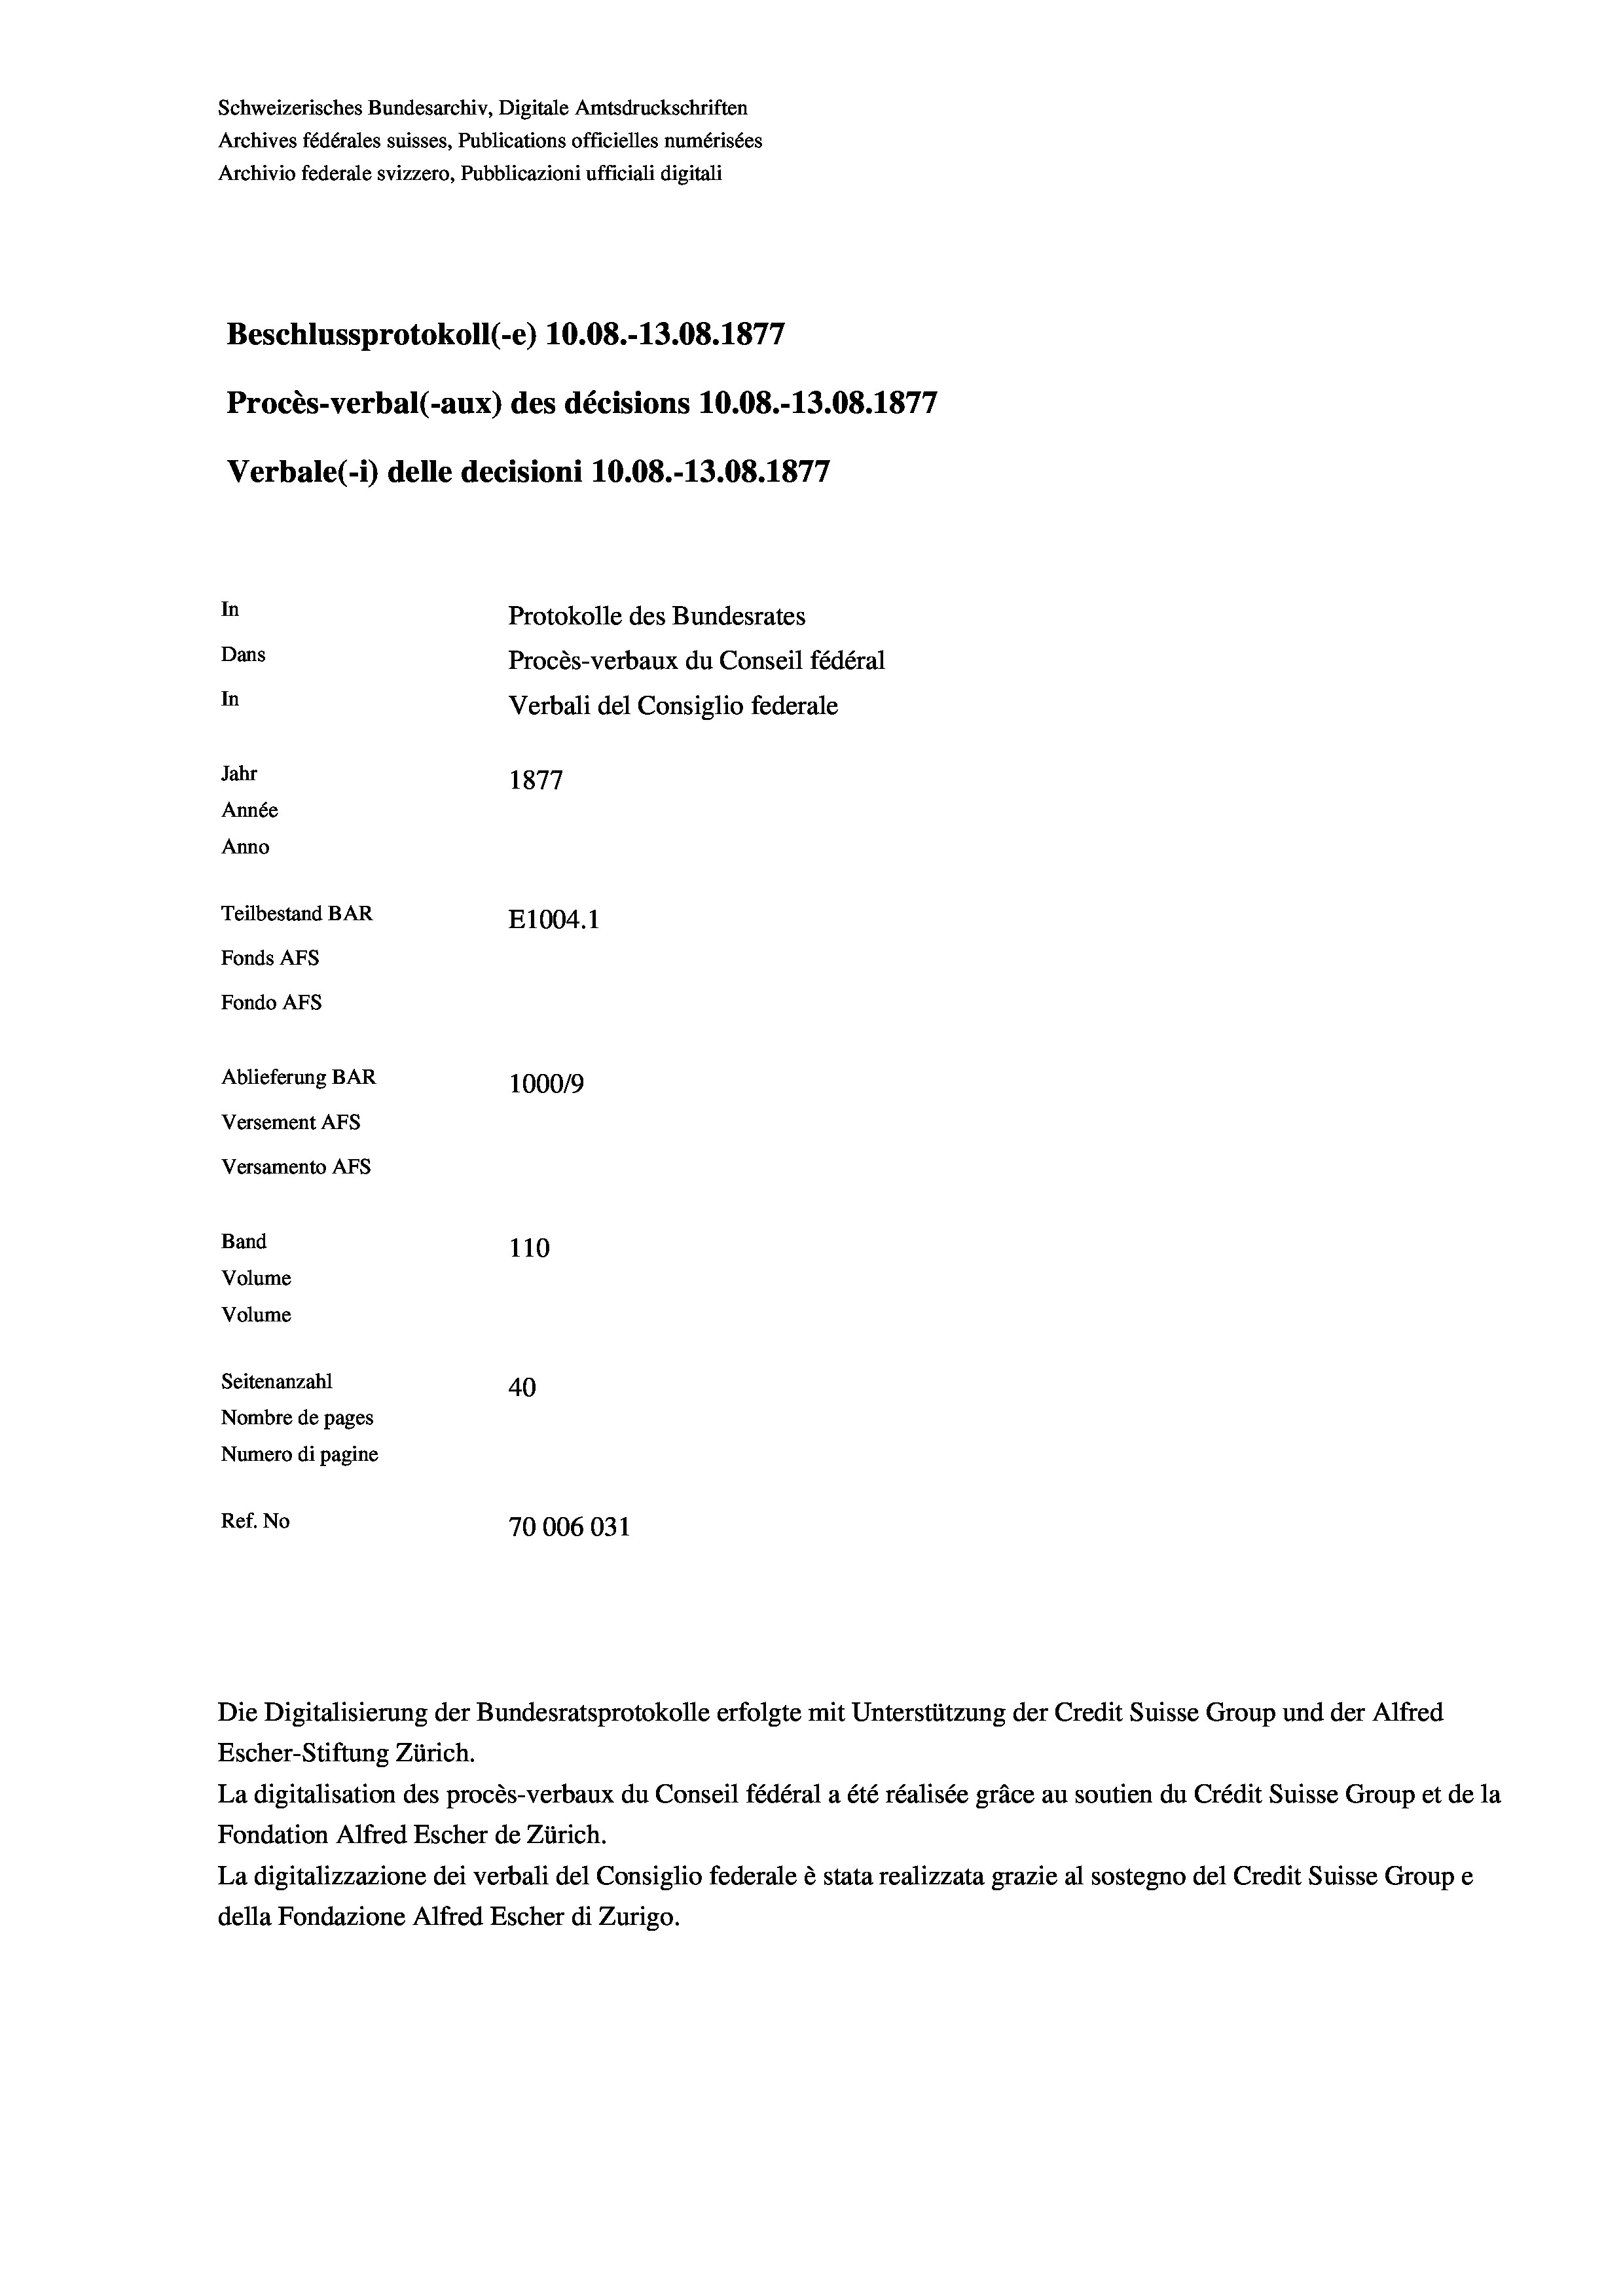
Schweizerisches Bundesarchiv, Digitale Amtsdruckschriften
Archives fédérales suisses, Publications officielles numérisées
Archivio federale svizzero, Pubblicazioni ufficiali digitali
1
Beschlussprotokoll (-e) 10.08.-13.08. 1877
Procès-verbal (-aux) des décisions 10.08.-13.08. 1877
Verbale(*) delle decisioni 10.08.-13.08. 1877
In
Protokolle des Bundesrates
Dans
Procès-verbaux du Conseil fédéral
In
Verbali del Consiglio federale
Jahr
1877
Année
Anno
Teilbestand BAR
E1004.1
Fonds AFs
Fondo AFs
Ablieferung BAR
100019
Versement AFs

Versamento Afs
Band
Volume
Volume

110
Seitenanzahl
40
Nombre de pages
Numero di pagine
Ref. No
70006031

Die Digitalisierung der Bundesratsprotokolle erfolgte mit Unterstützung der Credit Suisse Group und der Alfred
Escher-Stiftung Zürich.
La digitalisation des procès-verbaux du Conseil fédéral a été réalisée gräce au soutien du Crédit Suisse Group et de la
Fondation Alfred Escher de Zürich.
La digitalizzazione dei verbali del Consiglio federale è stata realizzata grazie al sostegno del Credit Suisse Groupe
della Fondazione Alfred Escher di Zurigo.